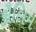
કૌલિમ